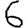
Digit: 6